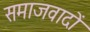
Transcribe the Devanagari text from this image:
समाजवादों